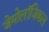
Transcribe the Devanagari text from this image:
जेमोलॉजिकल